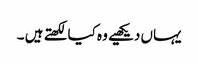
یہاں دیکھیے وہ کیا لکھتے ہیں ۔